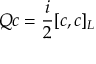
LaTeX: Q c = { \frac { i } { 2 } } [ c , c ] _ { L }